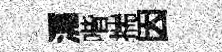
㵼喈揣因